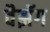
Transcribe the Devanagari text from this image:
वैझॅग